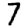
Digit: 7